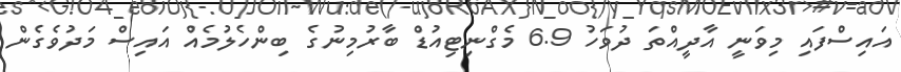
އައިސްފައި މިވަނީ އާދީއްތަ ދުވަހު 6.9 މެގްނިޓިއުޑް ބާރުމިނުގެ ބިންހެލުމެއް އައިސް މަދުވެގެން